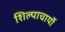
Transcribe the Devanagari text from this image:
शिल्पाचार्यो